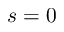
s = 0